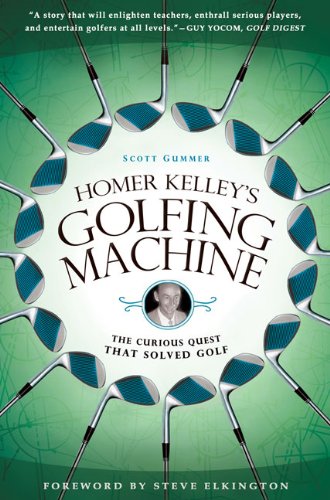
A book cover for Homer Kelley's Golfing Machine: The Curious Quest That Solved Golf; Scott Gummer; Biographies & Memoirs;